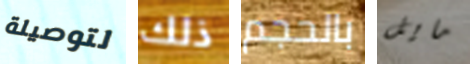
لتوصيلة ذلك بالحجم مايل